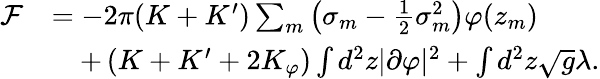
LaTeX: \begin{array}{rl}{\mathcal F}&{=-2\pi(K+K^{\prime})\sum_{m}\left(\sigma_{m}-\frac{1}{2}\sigma_{m}^{2}\right)\varphi(z_{m})}\\ &{\quad+\left(K+K^{\prime}+2K_{\varphi}\right)\int d^{2}z|\partial\varphi|^{2}+\int d^{2}z\sqrt{g}\lambda.}\end{array}